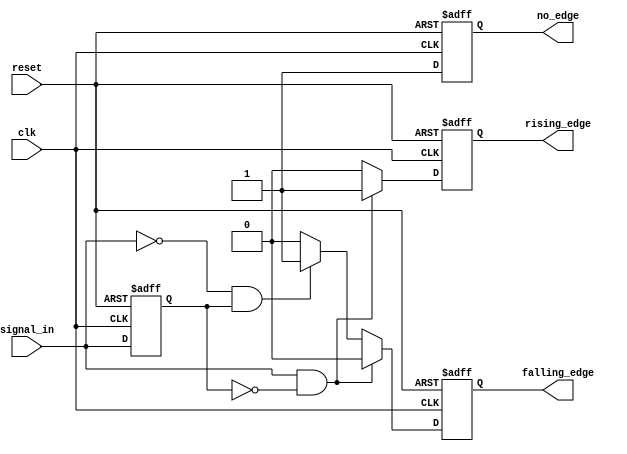
module edge_detector (
    input wire clk,              // Clock signal
    input wire reset,            // Reset signal
    input wire signal_in,        // Input signal to monitor
    output reg rising_edge,      // Indicates a rising edge
    output reg falling_edge,     // Indicates a falling edge
    output reg no_edge           // Indicates no edge
);

// Memory block to store the previous state of the input signal
reg previous_state;

// Edge detection logic
always @(posedge clk or posedge reset) begin
    if (reset) begin
        // Reset the previous state and output signals
        previous_state <= 1'b0;
        rising_edge <= 1'b0;
        falling_edge <= 1'b0;
        no_edge <= 1'b1; // Initially, no edge detected
    end else begin
        // Reset output signals
        rising_edge <= 1'b0;
        falling_edge <= 1'b0;
        no_edge <= 1'b1; // Assume no edge initially

        // Edge detection logic
        if (signal_in && !previous_state) begin
            // Rising edge detected
            rising_edge <= 1'b1;
        end else if (!signal_in && previous_state) begin
            // Falling edge detected
            falling_edge <= 1'b1;
        end else begin
            // No edge detected
            no_edge <= 1'b1;
        end

        // Update the previous state
        previous_state <= signal_in;
    end
end

endmodule